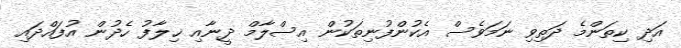
އަދި ކިތަންމެ ދަތިވި ނަމަވެސް އެކުންފުނިތަކުން އިސްލާމް ދީނާއި ޚިލާފު ހެދުން އުފައްދައި